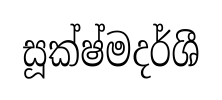
සූක්ෂ්මදර්ශී